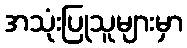
အသုံးပြုသူများမှာ